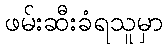
ဖမ်းဆီးခံရသူမှာ